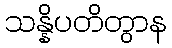
သန္နိပတိတွာန